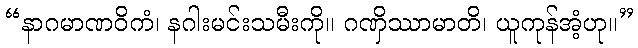
“နာဂမာဏဝိကံ၊ နဂါးမင်းသမီးကို။ ဂဏှိဿာမာတိ၊ ယူကုန်အံ့ဟု။”